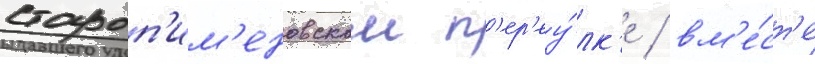
староп'им'еновском п'ер'еу́лк'е / вм'е́ст'е